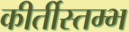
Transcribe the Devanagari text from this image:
कीर्तीस्तम्भ